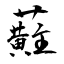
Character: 蘣